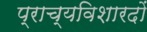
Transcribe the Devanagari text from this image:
प्राच्यविशारदों